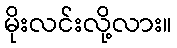
မိုးလင်းလို့လား။